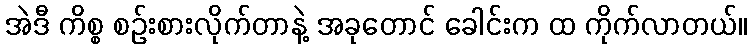
အဲဒီ ကိစ္စ စဉ်းစားလိုက်တာနဲ့ အခုတောင် ခေါင်းက ထ ကိုက်လာတယ်။